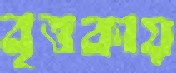
বৃত্তকায়